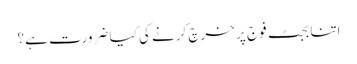
اتنا بجٹ فوج پر خرچ کرنے کی کیا ضرورت ہے؟